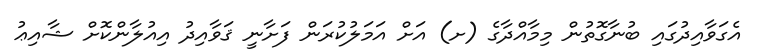
އެގަވާއިދުގައި ބުނާގޮތުން މިމާއްދާގެ (ށ) އަށް އަމަލުކުރަން ފަށާނީ ޤަވާއިދު އިއުލާންކޮށް ޝާއިޢު